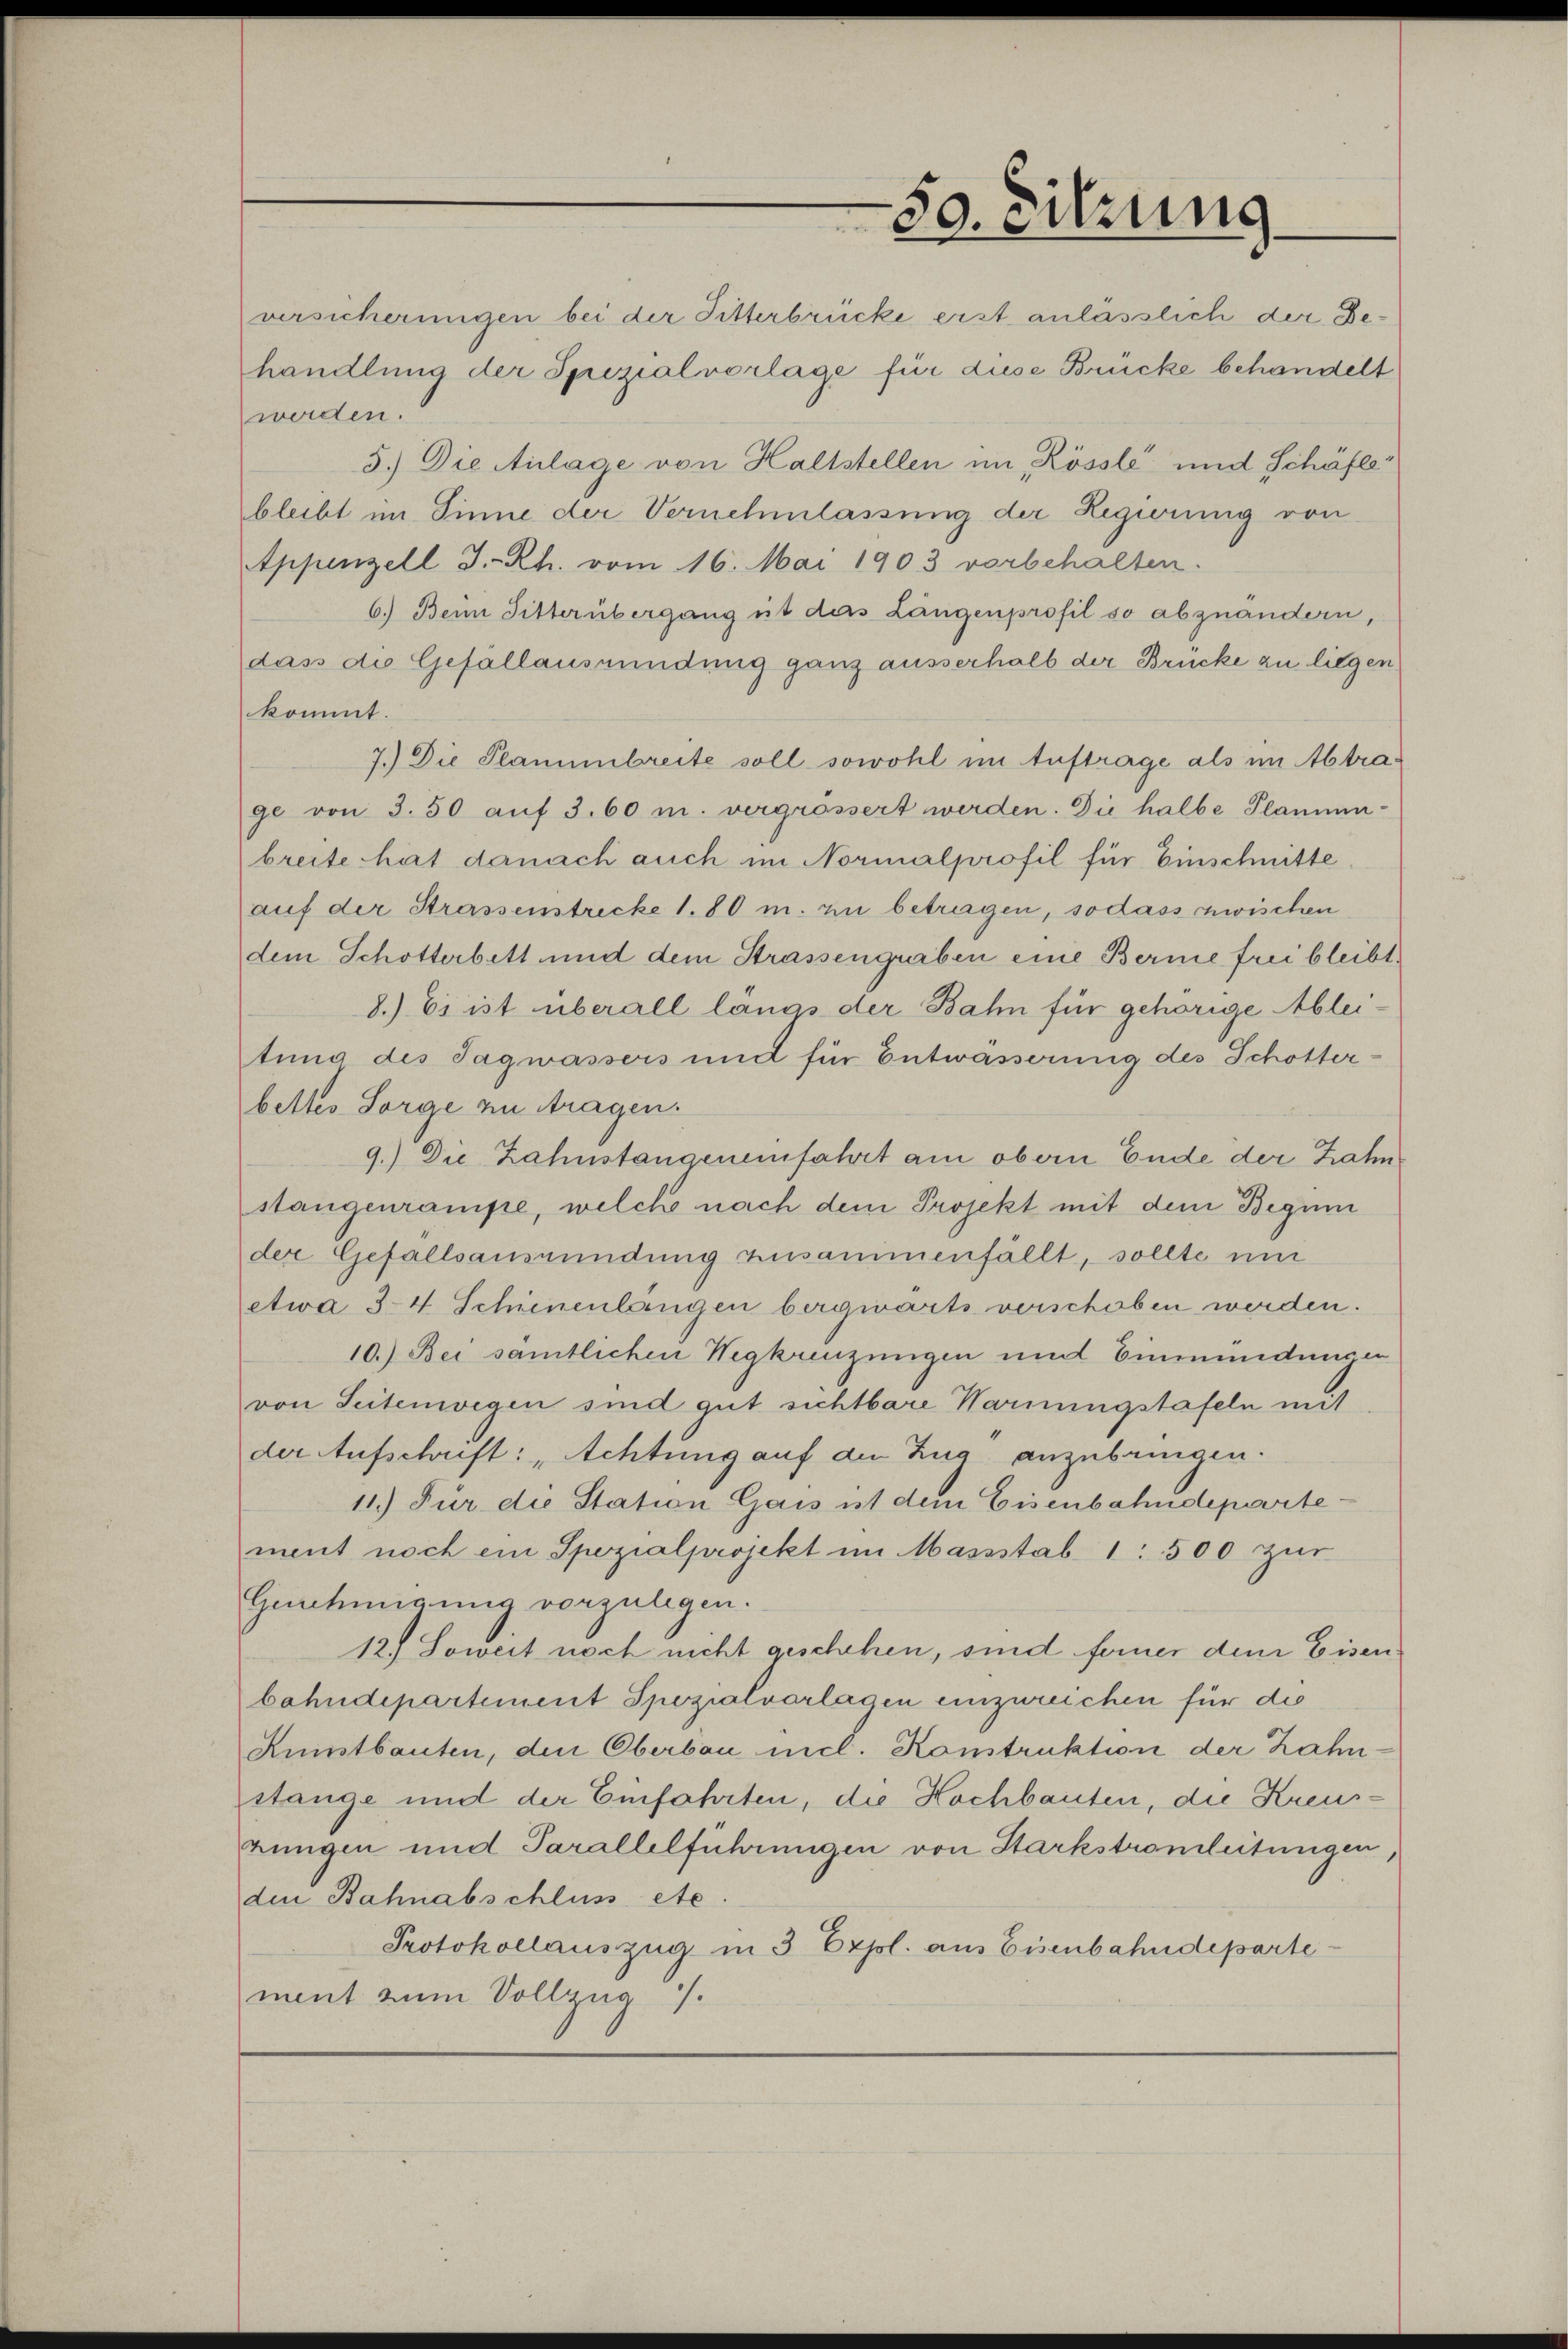
versicherungen bei der Sitterbrücke erst anlässlich der Behandlung der Spezialvorlage für diese Brücke behandelt
werden.
5.) Die Anlage von Haltstellen im „Rössle und Schäfte
bleibt im Sinne der Vernehmlassung der Regierung von
Appenzell I.-Rh. vom 16. Mai 1903 vorbehalten.
6.) Beim Sitter übergang ist das Längenprofil so abzuändern,
dass die Gefällausmündung ganz ausserhalb der Brücke zu liegen
kommt.
7.) Die Planubreite soll sowohl im Auftrage als im Abtrage von 3. 50 aŭf 3.60 m. vergrössert werden. Die halbe Plannen-
breite hat danach auch im Normalprofil für Einschnitte
auf der Strassenstrecke 1. 80 m. zu betragen, sodass zwischen
dem Schotterbett und dem Strassengraben eine Berne frei bleibt
8.) Es ist überall längs der Bahn für gehörige Ableitung des Tagwassers und für Entwässerung des Schotter-
bettes Sorge zu tragen.
9.) Die Zahnstangeneinfahrt am obern Ende der Zahn
stangenrampe, welche nach dem Projekt mit dem Begun
der Gefallsausmündung zusammenfällt, sollte un
etwa 34. Schienenlangen bergwärts verschoben werden.
10.) Bei samtlichen Wegkreuzungen und Einmündungen
von Seitenwegen sind gut sichtbare Warnungstafeln mit
der Aufschrift: „Achtung auf die Zug anzubringen.
11.) Für die Station Gais ist dem Eisenbahndepartement noch ein Spezialprojekt im Massstab 1: 500 zur
Genehmigung vorzulegen.
12.) Soweit noch nicht geschehen, sind ferner dem Eisen
bahndepartement Spezialvorlagen einzureichen für die
Kunstbauten, den Oberbau micl. Konstruktion der Zahnstange und der Einfahrten, die Hochbauten, die Kreusrungen und Parallelführungen von Starkstromleitungen,
den Bahnabschluss etc.
Protokollauszug in 3 Expol. aus Eisenbahndeparte
ment zum Vollzug.

50. Sitzung